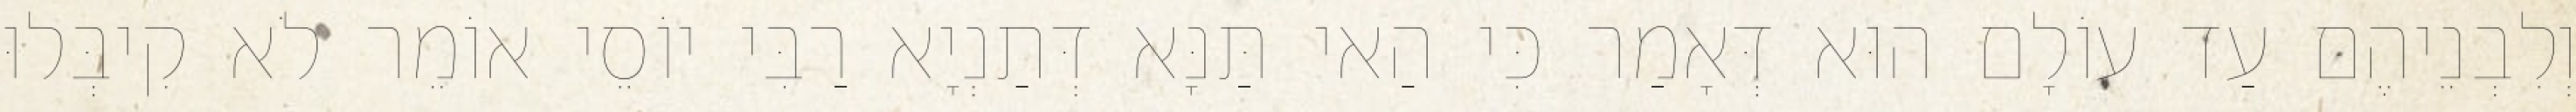
וְלִבְנֵיהֶם עַד עוֹלָם הוּא דְּאָמַר כִּי הַאי תַּנָּא דְּתַנְיָא רַבִּי יוֹסֵי אוֹמֵר לֹא קִיבְּלוּ